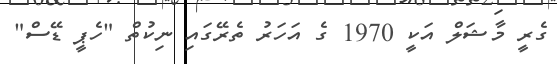
ގެރީ މާޝަލް އަކީ 1970 ގެ އަހަރު ތެރޭގައި ނިކުތް "ހެޕީ ޑޭސް"